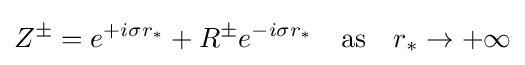
Z^{\pm }=e^{+i\sigma r_{*}}+R^{\pm }e^{-i\sigma r_{*}}\quad {\text{as}}\quad r_{*}\rightarrow +\infty